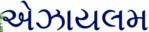
એઝાયલમ